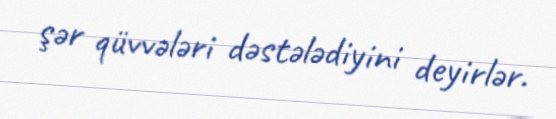
şər qüvvələri dəstələdiyini deyirlər.